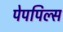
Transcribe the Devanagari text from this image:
पेपपिल्स